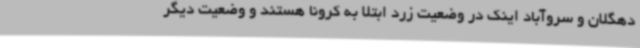
دهگلان و سروآباد اینک در وضعیت زرد ابتلا به کرونا هستند و وضعیت دیگر